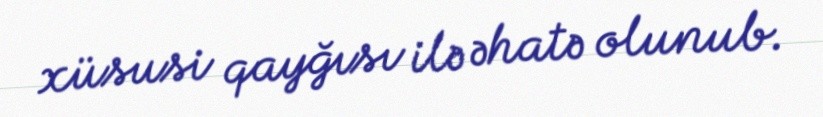
xüsusi qayğısı ilə əhatə olunub.